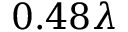
0 . 4 8 \lambda